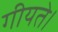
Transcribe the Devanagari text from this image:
गीयते।